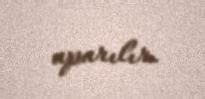
aparılır.